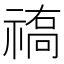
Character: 𥛒